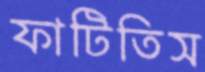
ফাটিতিস